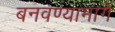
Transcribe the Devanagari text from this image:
बनवण्यामागे